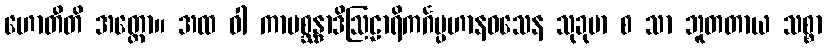
ဟောတီတိ အတ္ထော။ အထ ဝါ ကာမစ္ဆန္ဒာဒိဩဠာရိကင်္ဂပ္ပဟာနဝသေန သုခုမာ စ သာ ဘူတတာယ သစ္စာ